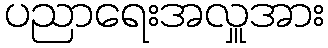
ပညာရေးအလှူအား